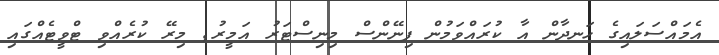
އެމައްސަލައިގެ ހަނދާން އާ ކުރައްވަމުން ފިނޭންސް މިނިސްޓަރު އަމީރު